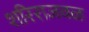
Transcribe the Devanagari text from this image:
शरिराजवळ